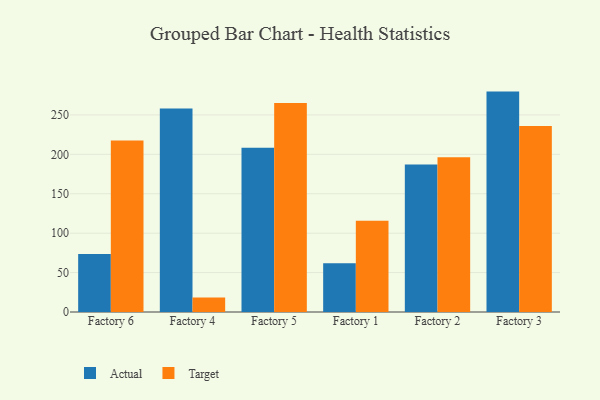
{"axis": {"x": "Factory", "y": "Humidity (%)"}, "legend": ["Actual", "Target"], "data": [{"x": "Factory 6", "y": 73.5, "type": "Actual"}, {"x": "Factory 6", "y": 217.5, "type": "Target"}, {"x": "Factory 4", "y": 258.2, "type": "Actual"}, {"x": "Factory 4", "y": 18.4, "type": "Target"}, {"x": "Factory 5", "y": 208.3, "type": "Actual"}, {"x": "Factory 5", "y": 265.0, "type": "Target"}, {"x": "Factory 1", "y": 62.0, "type": "Actual"}, {"x": "Factory 1", "y": 115.8, "type": "Target"}, {"x": "Factory 2", "y": 187.2, "type": "Actual"}, {"x": "Factory 2", "y": 196.4, "type": "Target"}, {"x": "Factory 3", "y": 279.6, "type": "Actual"}, {"x": "Factory 3", "y": 235.9, "type": "Target"}]}